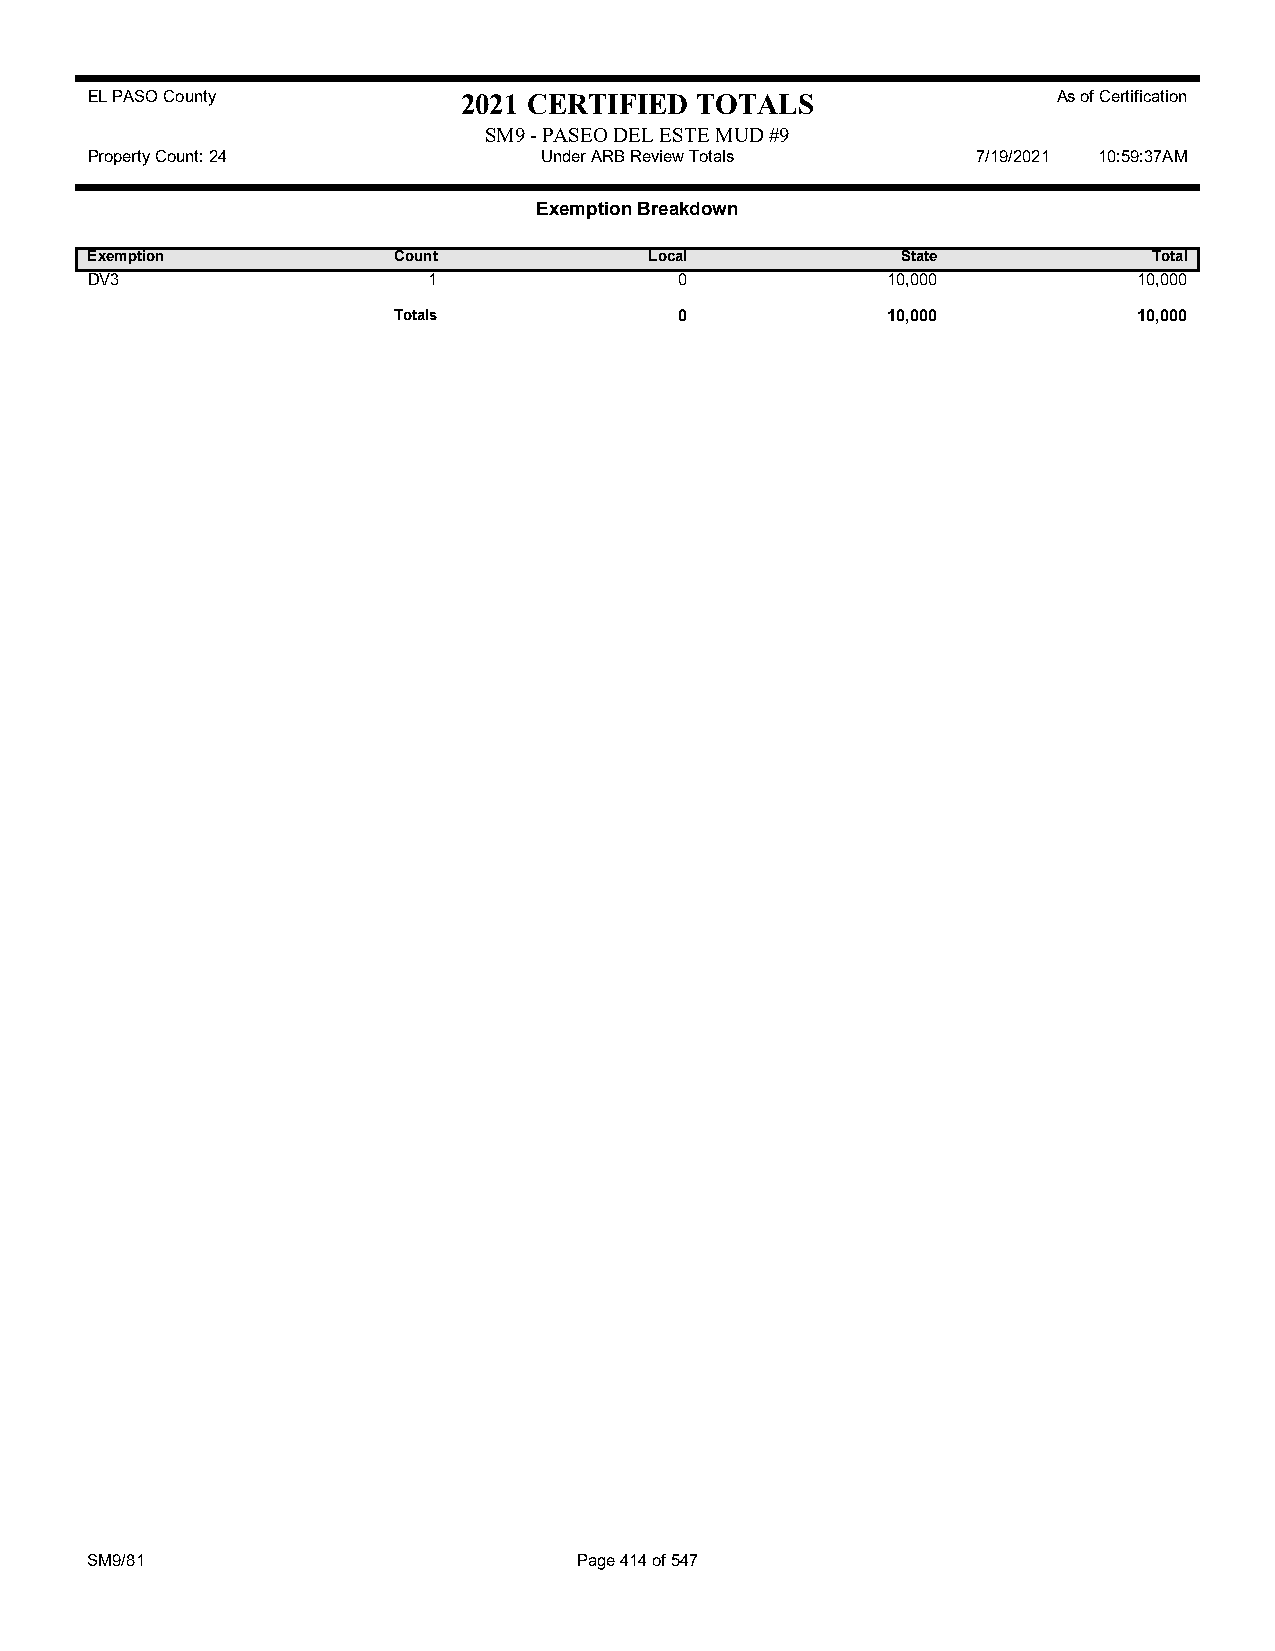
EL PASO County           2021 CERTIFIED TOTALS                  As of Certification
 SM9 - PASEO DEL ESTE MUD #9
 Property Count: 24            Under ARB Review Totals      7/19/2021 10:59:37AM
 Exemption Breakdown
 Exemption           Count            Local            State           Total
 DV3                   1                0             10,000          10,000
 Totals             0             10,000          10,000
 SM9/81                          Page 414 of 547